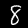
Label: 8